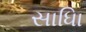
સાધિા